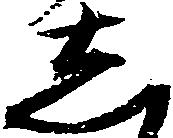
し